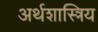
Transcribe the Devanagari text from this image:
अर्थशास्त्रिय